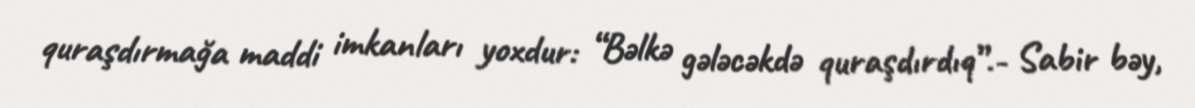
quraşdırmağa maddi imkanları yoxdur: “Bəlkə gələcəkdə quraşdırdıq”.- Sabir bəy,